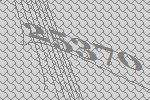
25370